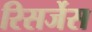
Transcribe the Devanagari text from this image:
रिसर्जेस